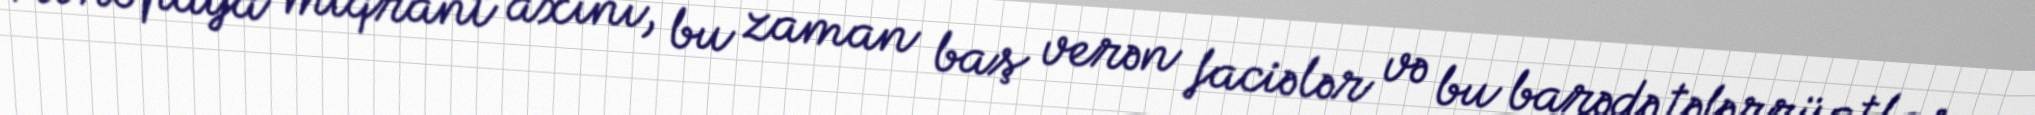
Avropaya miqrant axını, bu zaman baş verən faciələr və bu barədə təfərrüatlar,